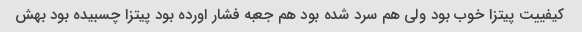
کیفییت پیتزا خوب بود ولی هم سرد شده بود هم جعبه فشار اورده بود پیتزا چسبیده بود بهش